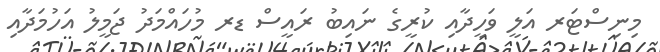
މިނިސްޓަރ އަލީ ވަހީދާއި ކުރީގެ ނައިބު ރައީސް ޑރ މުހައްމަދު ޖަމީލު އަހުމަދާއި